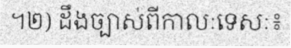
។២) ដឹងច្បាស់ពីកាលៈទេសៈ៖